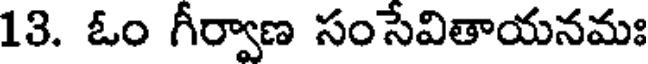
13. ఓం గీర్వాణ సంసేవితాయనమః